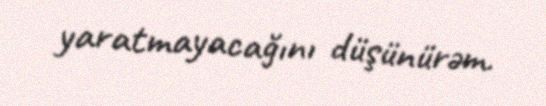
yaratmayacağını düşünürəm.